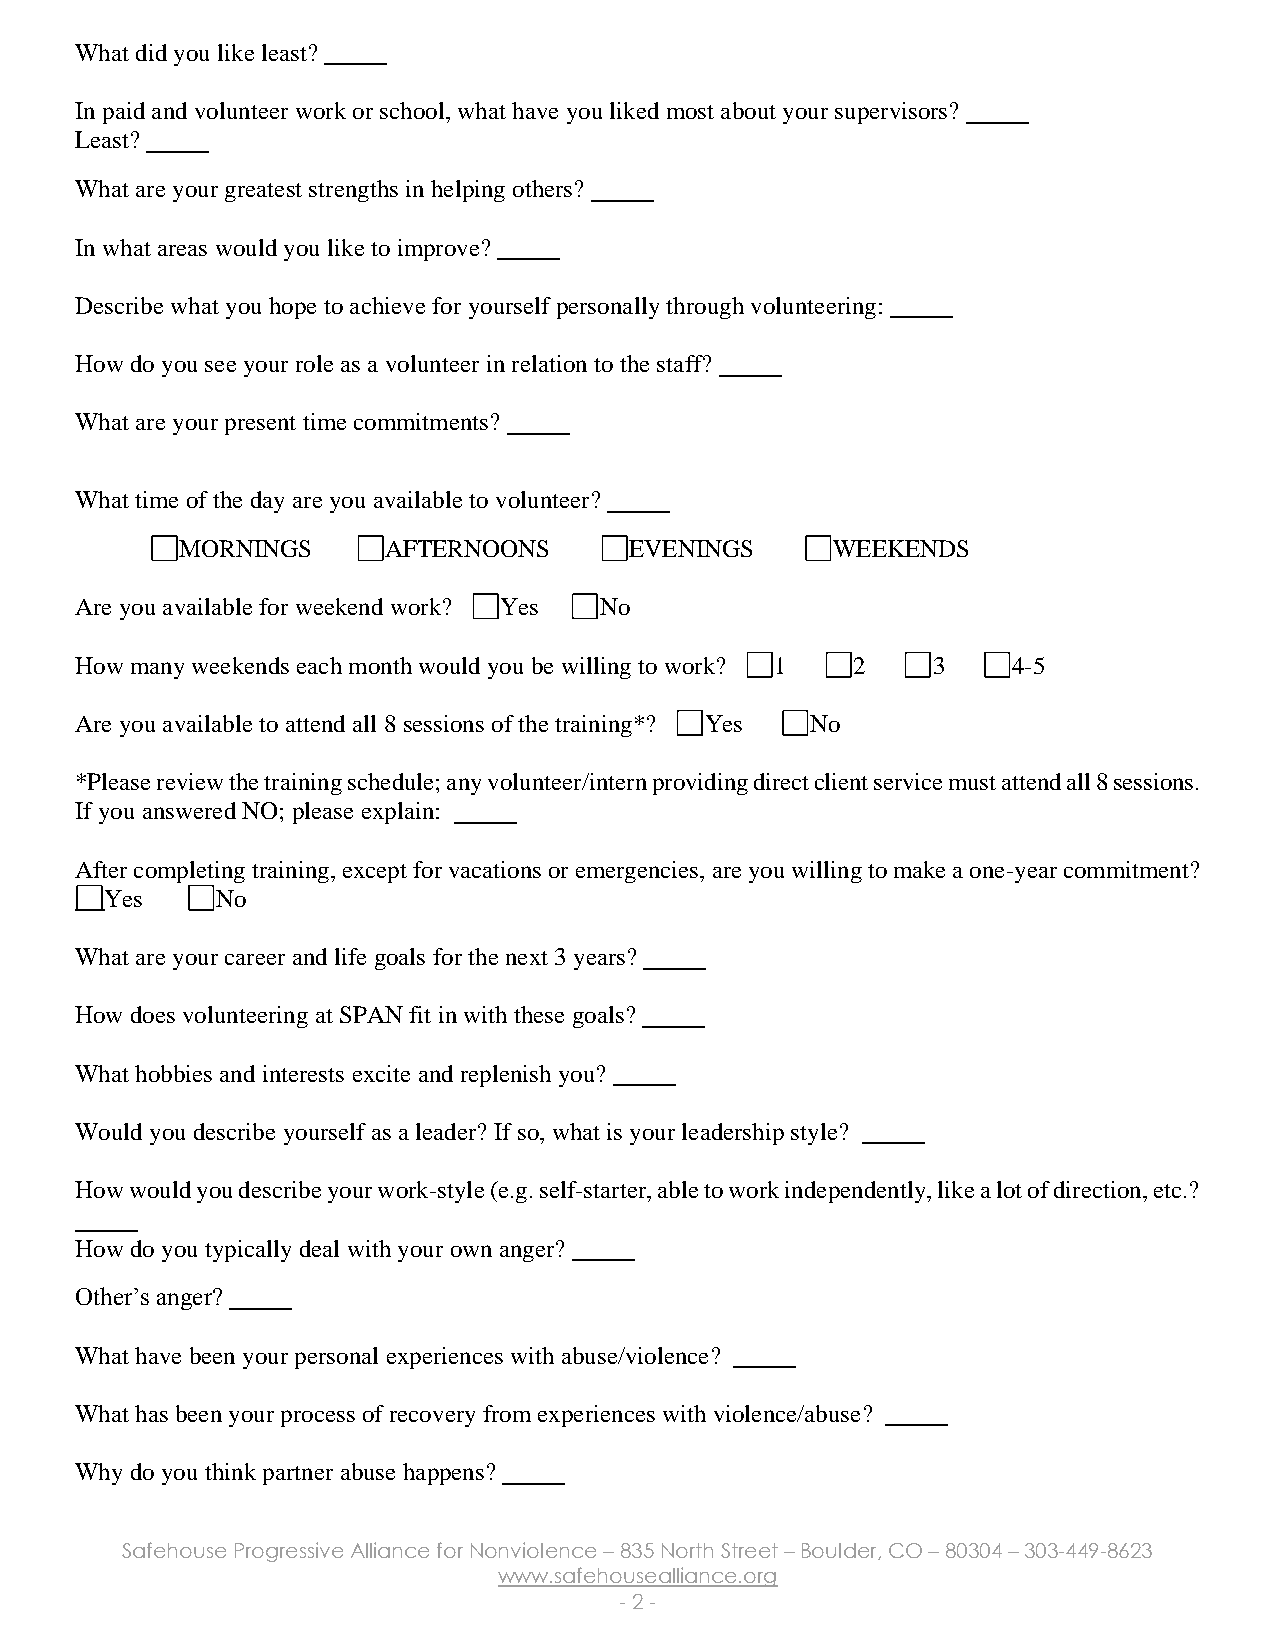
What did you like least?
 In paid and volunteer work or school, what have you liked most about your supervisors?
 Least?
 What are your greatest strengths in helping others?
 In what areas would you like to improve?
 Describe what you hope to achieve for yourself personally through volunteering:
 How do you see your role as a volunteer in relation to the staff?
 What are your present time commitments?
 What time of the day are you available to volunteer?
 MORNINGS      AFTERNOONS      EVENINGS     WEEKENDS
 Are you available for weekend work? Yes No
 How many weekends each month would you be willing to work? 1 2 3 4-5
 Are you available to attend all 8 sessions of the training*? Yes No
 *Please review the training schedule; any volunteer/intern providing direct client service must attend all 8 sessions.
 If you answered NO; please explain:
 After completing training, except for vacations or emergencies, are you willing to make a one-year commitment?
 Yes    No
 What are your career and life goals for the next 3 years?
 How does volunteering at SPAN fit in with these goals?
 What hobbies and interests excite and replenish you?
 Would you describe yourself as a leader? If so, what is your leadership style?
 How would you describe your work-style (e.g. self-starter, able to work independently, like a lot of direction, etc.?
 How do you typically deal with your own anger?
 Other’s anger?
 What have been your personal experiences with abuse/violence?
 What has been your process of recovery from experiences with violence/abuse?
 Why do you think partner abuse happens?
 Safehouse Progressive Alliance for Nonviolence – 835 North Street – Boulder, CO – 80304 – 303-449-8623
 www.safehousealliance.org
 - 2 -